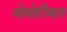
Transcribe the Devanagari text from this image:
मोमोरीयल